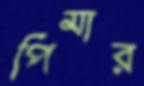
পিমার